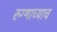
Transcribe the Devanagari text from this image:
रुग्णाच्याच